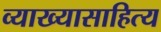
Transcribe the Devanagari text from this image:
व्याख्यासाहित्य